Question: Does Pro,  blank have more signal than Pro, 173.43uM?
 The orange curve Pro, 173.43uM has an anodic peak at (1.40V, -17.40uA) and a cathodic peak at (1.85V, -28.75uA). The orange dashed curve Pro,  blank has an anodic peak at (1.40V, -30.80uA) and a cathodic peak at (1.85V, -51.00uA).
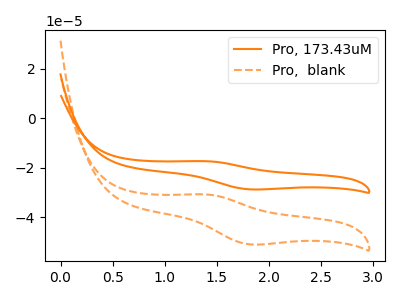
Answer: <think>All the peaks in "Pro,  blank" have a peak in "Pro, 173.43uM" at the same potential.
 </think>
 <answer>I cant tell if "Pro,  blank" or "Pro, 173.43uM" has more signal.</answer>
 <eval>mixed_signal</eval>